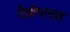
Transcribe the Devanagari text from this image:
ऐंथ्रोपाएड